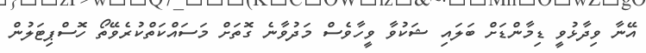
އޭނާ ވިދާޅުވީ ޑިމާންޑަށް ބަލައި ޝަކުވާ ވީހާވެސް މަދުވާނެ ގޮތަށް މަސައްކަތްކުރެވޭތޯ ހޮސްޕިޓަލުން